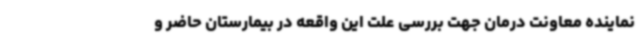
نماینده معاونت درمان جهت بررسی علت این واقعه در بیمارستان حاضر و